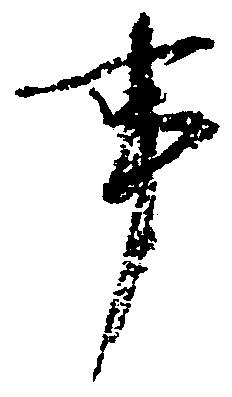
事